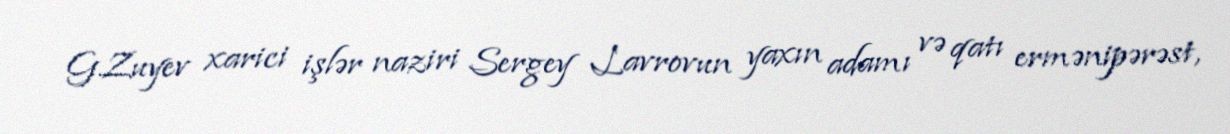
G.Zuyev xarici işlər naziri Sergey Lavrovun yaxın adamı və qatı ermənipərəst,